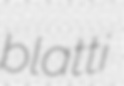
blatti